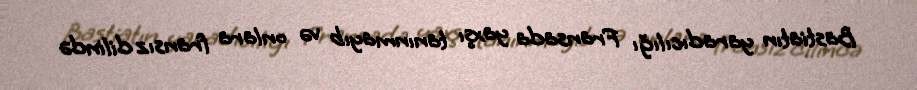
Bastiatın yaradıcılığı Fransada yaxşı tanınmayıb və onlara fransız dilində